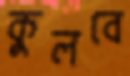
কুলবে